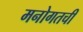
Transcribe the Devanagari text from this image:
मनोगतची